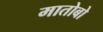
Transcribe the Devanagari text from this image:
मातोबो